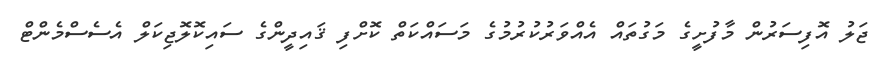
ޖަލު އޮފިސަރުން މާފުށީގެ މަގުތައް އެއްވަރުކުރުމުގެ މަސައްކަތް ކޮށްފި ޤައިދީންގެ ސައިކޮލޮޖިކަލް އެސެސްމެންޓް